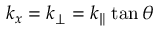
k _ { x } = k _ { \perp } = k _ { \parallel } \tan \theta